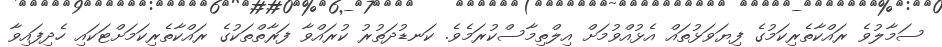
ސަމާލުވެ ރައްކާތެރިކަމުގެ ފިޔަވަޅުތައް އެޅުއްވުމަށް އިލްތިމާސްކުރަމެވެ. ކަނޑުދަތުރު ކުރައްވާ ފަރާތްތަކުގެ ރައްކާތެރިކަމަށްޓަކައި ހެދިފައިވާ